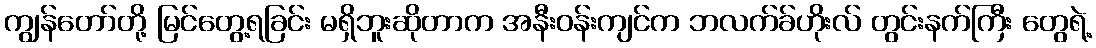
ကျွန်တော်တို့ မြင်တွေ့ရခြင်း မရှိဘူးဆိုတာက အနီးဝန်းကျင်က ဘလက်ခ်ဟိုးလ် တွင်းနက်ကြီး တွေရဲ့